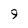
Character: 9